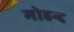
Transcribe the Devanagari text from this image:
मोहन्द